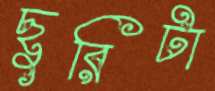
ছুরিটা